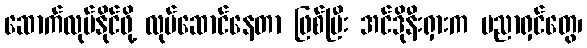
ဆောက်လုပ်နိုင်ဖို့ လုပ်ဆောင်နေတာ ဖြစ်ပြီး အင်ဒိုနီးရှားက ပညာရှင်တွေ၊